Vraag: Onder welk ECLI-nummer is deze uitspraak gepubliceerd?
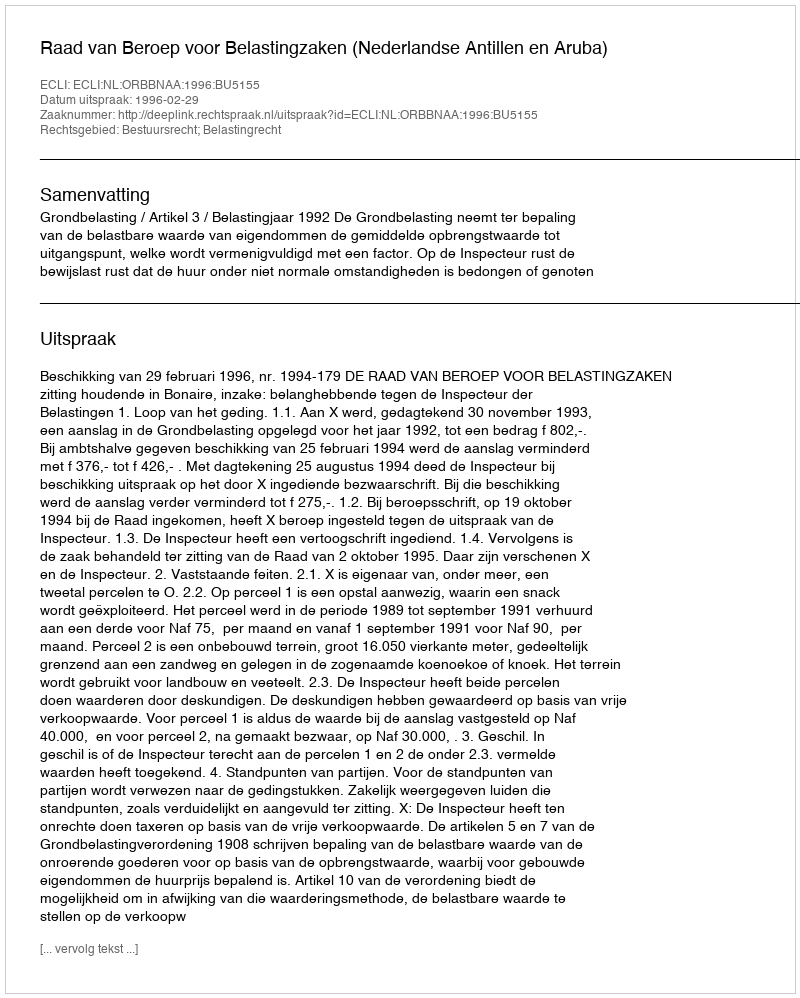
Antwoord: ECLI:NL:ORBBNAA:1996:BU5155